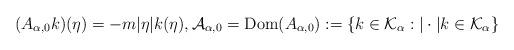
LaTeX: \begin{align*} (A_{\alpha,0} k)(\eta) = - m |\eta|k(\eta) , \mathcal{A}_{\alpha,0} = {\rm Dom} (A_{\alpha,0}) := \{k\in \mathcal{K}_\alpha: |\cdot| k \in \mathcal{K}_\alpha\}\end{align*}